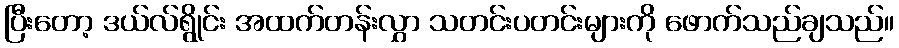
ပြီးတော့ ဒယ်လ်ရွိုင်း အထက်တန်းလွှာ သတင်းပတင်းများကို ဖောက်သည်ချသည်။